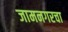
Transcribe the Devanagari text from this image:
जामनगरचा